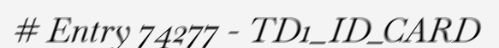
# Entry 74277 - TD1_ID_CARD